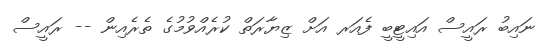
ނައިބު ރައީސް އައިޓީބީ ފެއަރ އަށް ޒިޔާރަތް ކުރެއްވުމުގެ ތެރެއިން -- ރައީސް